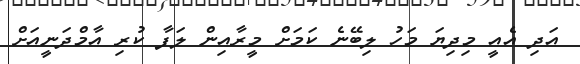
އަދި އެއީ މިދިޔަ މަހު ލިބޭނެ ކަމަށް މީރާއިން ލަފާ ކުރި އާމްދަނީއަށް